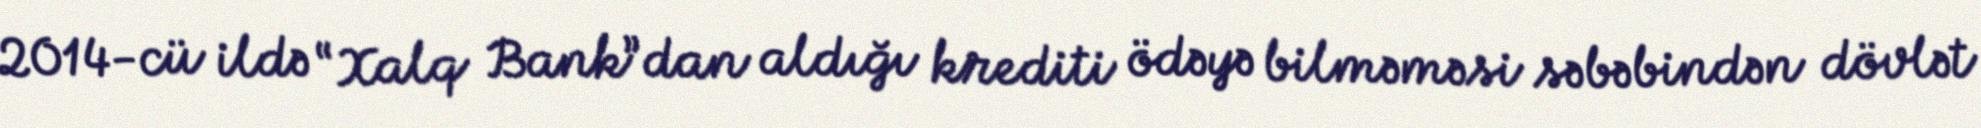
2014-cü ildə “Xalq Bank”dan aldığı krediti ödəyə bilməməsi səbəbindən dövlət